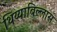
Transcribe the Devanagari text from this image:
थिय्याबिल्लास